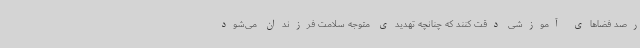
رصد فضاهای آموزشی دقت کنند که چنانچه تهدیدی متوجه سلامت فرزندان می‌شود